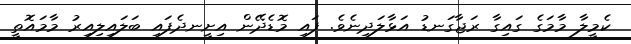
ކެމީލާ މާމަގެ ގައިގާ ރަޖާގަނޑު އަޅާލަދިނެވެ. ފައި މޮޑެދޭން އިށީނދެފައި ބަލައިލިއިރު މާމައޮތީ